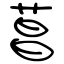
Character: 菖